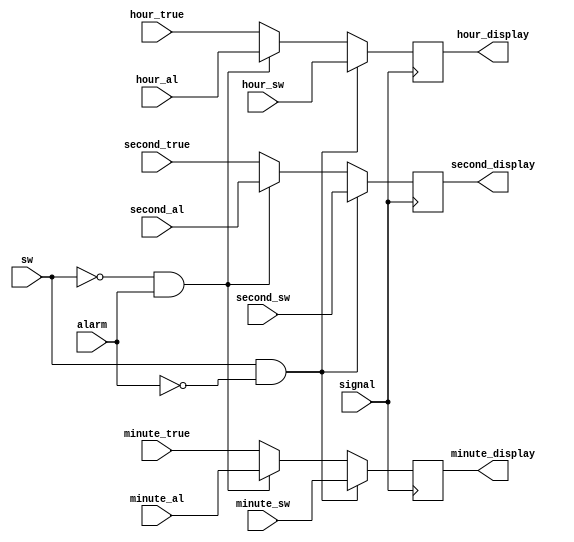
module chos_display(
	input signal,
	input sw,
	input alarm,
	input [4:0]hour_true,
	input [5:0]minute_true,
	input [5:0]second_true,
	input [4:0]hour_sw,
	input [5:0]minute_sw,
	input [5:0]second_sw,
	input [4:0]hour_al,
	input [5:0]minute_al,
	input [5:0]second_al,
	output reg [4:0]hour_display = 5'b00000,
	output reg [5:0]minute_display = 6'b000000,
	output reg [5:0]second_display = 6'b000000
);

	always @(posedge signal) begin
		if(sw &&~alarm)begin
			hour_display <= hour_sw;
			minute_display <= minute_sw;
			second_display <= second_sw;
		end
		else if(~sw &&alarm)begin
			hour_display <= hour_al;
			minute_display <= minute_al;
			second_display <= second_al;
		end
		else begin
			hour_display <= hour_true;
			minute_display <= minute_true;
			second_display <= second_true;
		end
	end

endmodule